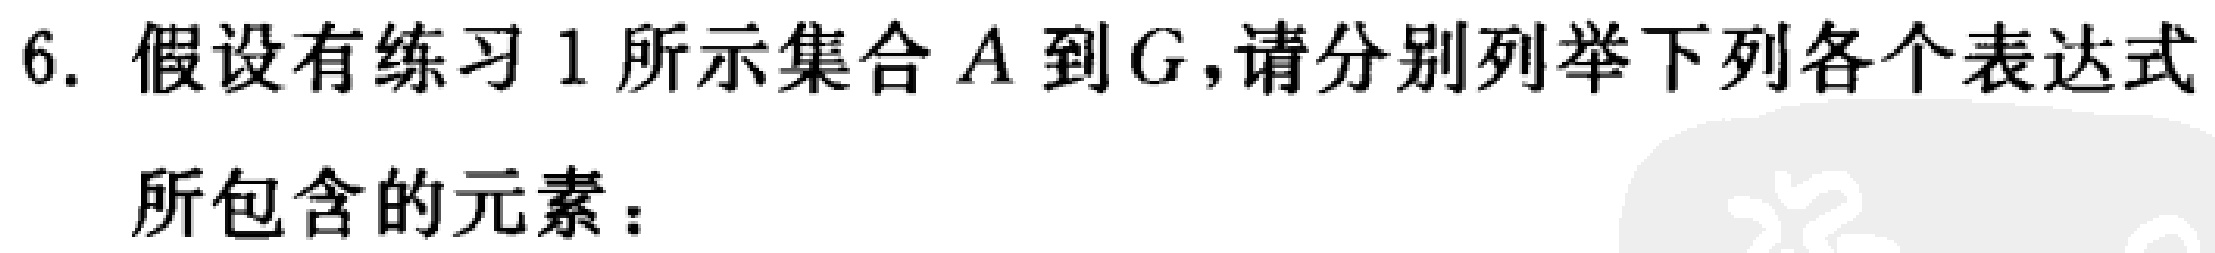
6. 假设有练习 1 所示集合 \(A\) 到 \(G\)，请分别列举下列各个表达式

所包含的元素：